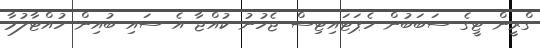
ގްރީން ޓީގެ ސަބަބުން ހެޕަޓައިޓިސް ޖެހުނު ކުއްޖާ އެ ސައި ބުއިން ހުއްޓާލުމާ